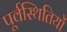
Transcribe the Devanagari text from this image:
पूर्वस्थितियों